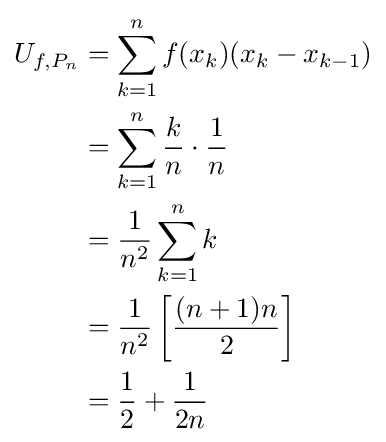
{\begin{aligned}U_{f,P_{n}}&=\sum _{k=1}^{n}f(x_{k})(x_{k}-x_{k-1})\\&=\sum _{k=1}^{n}{\frac {k}{n}}\cdot {\frac {1}{n}}\\&={\frac {1}{n^{2}}}\sum _{k=1}^{n}k\\&={\frac {1}{n^{2}}}\left[{\frac {(n+1)n}{2}}\right]\\&={\frac {1}{2}}+{\frac {1}{2n}}\end{aligned}}